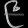
Digit: ၉